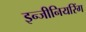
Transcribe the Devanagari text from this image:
इन्‍जीनियरिंग